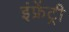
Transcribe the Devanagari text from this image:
इंफ्रेंट्री